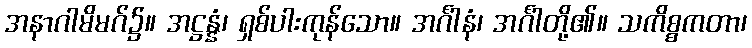
အနာဂါမိမဂ်၌။ အဋ္ဌန္နံ၊ ရှစ်ပါးကုန်သော။ အင်္ဂါနံ၊ အင်္ဂါတို့၏။ သကိစ္စကတာ၊